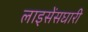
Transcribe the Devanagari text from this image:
लाइसेंसघारी